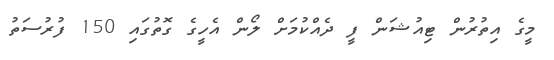
މީގެ އިތުރުން ޓިއުޝަން ފީ ދެއްކުމަށް ލޯން އެހީގެ ގޮތުގައި 150 ފުރުސަތު